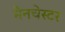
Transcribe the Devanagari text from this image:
मैनचेस्‍टर